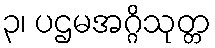
၃၊ ပဌမအဂ္ဂိသုတ္တ